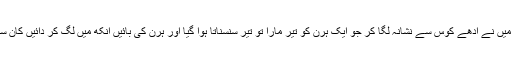
جوش میں آکر کہنے لگا ایک بار تو ایسے ہوا کہ میں نے آدھے کوس سے نشانہ لگا کر جو ایک ہرن کو تیر مارا تو تیر سنسناتا ہوا گیا اور ہرن کی بائیں آنکھ میں لگ کر دائیں کان سے ہوتا ہوا پچھلی دائیں ٹانگ کے کھر میں جا لگا۔